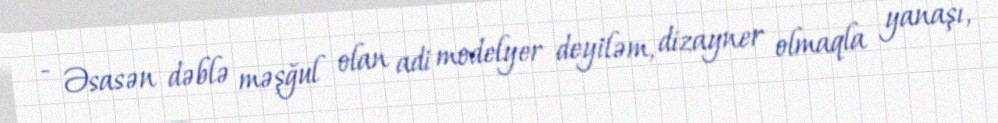
- Əsasən dəblə məşğul olan adi modelyer deyiləm, dizayner olmaqla yanaşı,